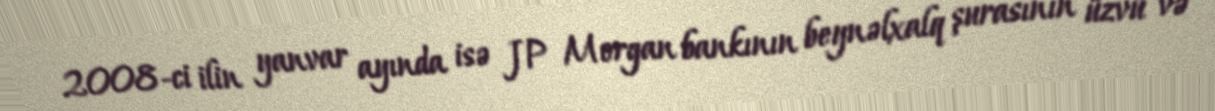
2008-ci ilin yanvar ayında isə JP Morgan bankının beynəlxalq şurasının üzvü və